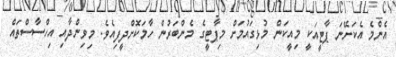
އެންމެ އެކަށޭނަ ޕާޓީއަކީ މިއީކަން މުޅިގައުމަށް މިޕާޓީގެ މެންބަރުން ހާމަކޮށްދީފިއެވެ. މިވިންދާއި އިހްސާސްތައް